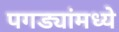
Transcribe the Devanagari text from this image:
पगड्यांमध्ये